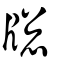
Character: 牕